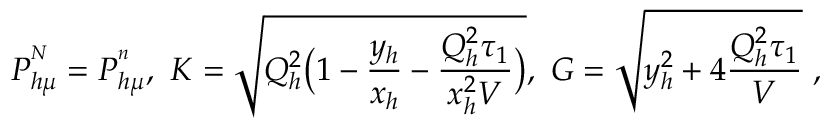
P _ { h \mu } ^ { ^ N } = P _ { h \mu } ^ { ^ n } , \ K = \sqrt { Q _ { h } ^ { 2 } \bigl ( 1 - \frac { y _ { h } } { x _ { h } } - \frac { Q _ { h } ^ { 2 } \tau _ { 1 } } { x _ { h } ^ { 2 } V } \bigr ) } , \ G = \sqrt { y _ { h } ^ { 2 } + 4 \frac { Q _ { h } ^ { 2 } \tau _ { 1 } } { V } } \ ,